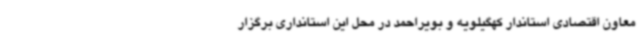
معاون اقتصادی استاندار کهگیلویه و بویراحمد در محل این استانداری برگزار